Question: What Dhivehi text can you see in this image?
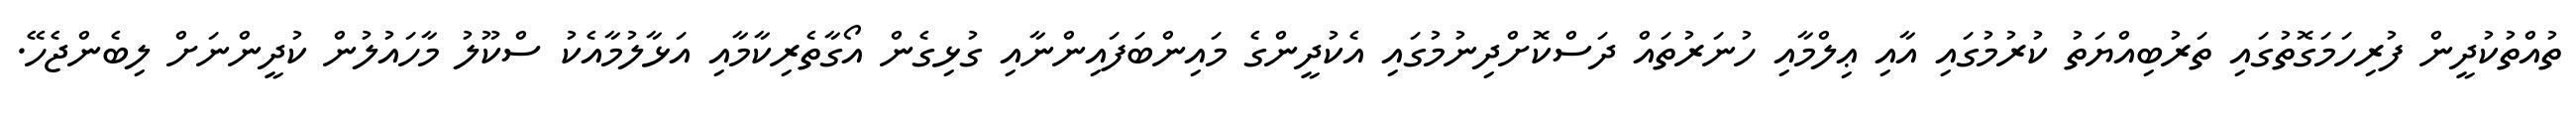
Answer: ތުއްތުކުދީން ފުރިހަމަގޮތުގައި ތަރުބިއްޔަތު ކުރުމުގައި އާއި ޢިލްމާއި ހުނަރުތައް ދަސްކޮށްދިނުމުގައި އެކުދީންގެ މައިންބަފައިންނާއި ގުޅިގެން އޯގާތެރިކާމާއި އަޅާލުމާއެކު ސްކޫލު މާހައުލުން ކުދީންނަށް ލިބެންޖެހޭ.